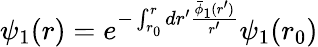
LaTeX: \psi_{1}(r)=e^{-\int_{r_{0}}^{r}dr^{\prime}\frac{\bar{\phi}_{1}(r^{\prime})}{r^{\prime}}}\psi_{1}(r_{0})